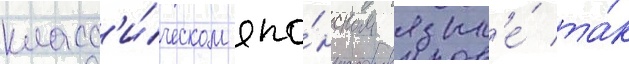
класс'и́ческом япо́нском язык'е́ та́к